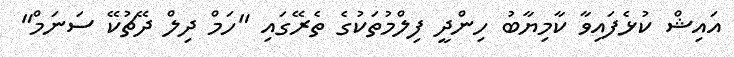
އައިޝް ކުޅެފައިވާ ކާމިޔާބު ހިންދީ ފިލްމުތަކުގެ ތެރޭގައި "ހަމް ދިލް ދޭޗުކޭ ސަނަމް"